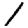
Digit: 1